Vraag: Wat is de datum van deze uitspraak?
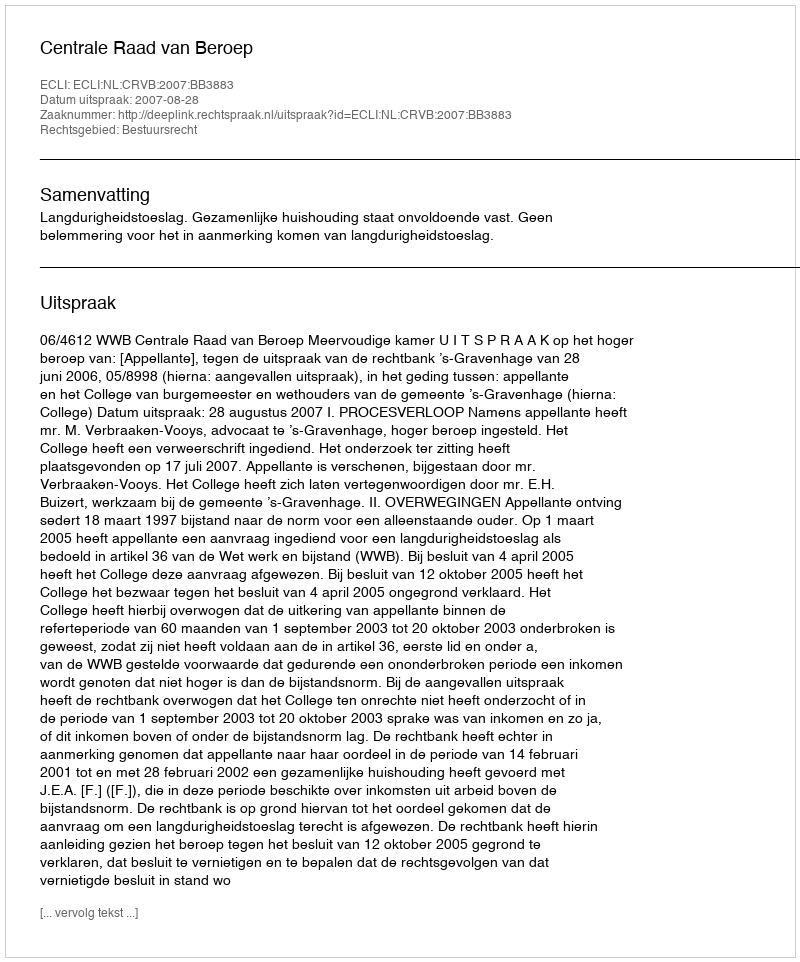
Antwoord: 2007-08-28